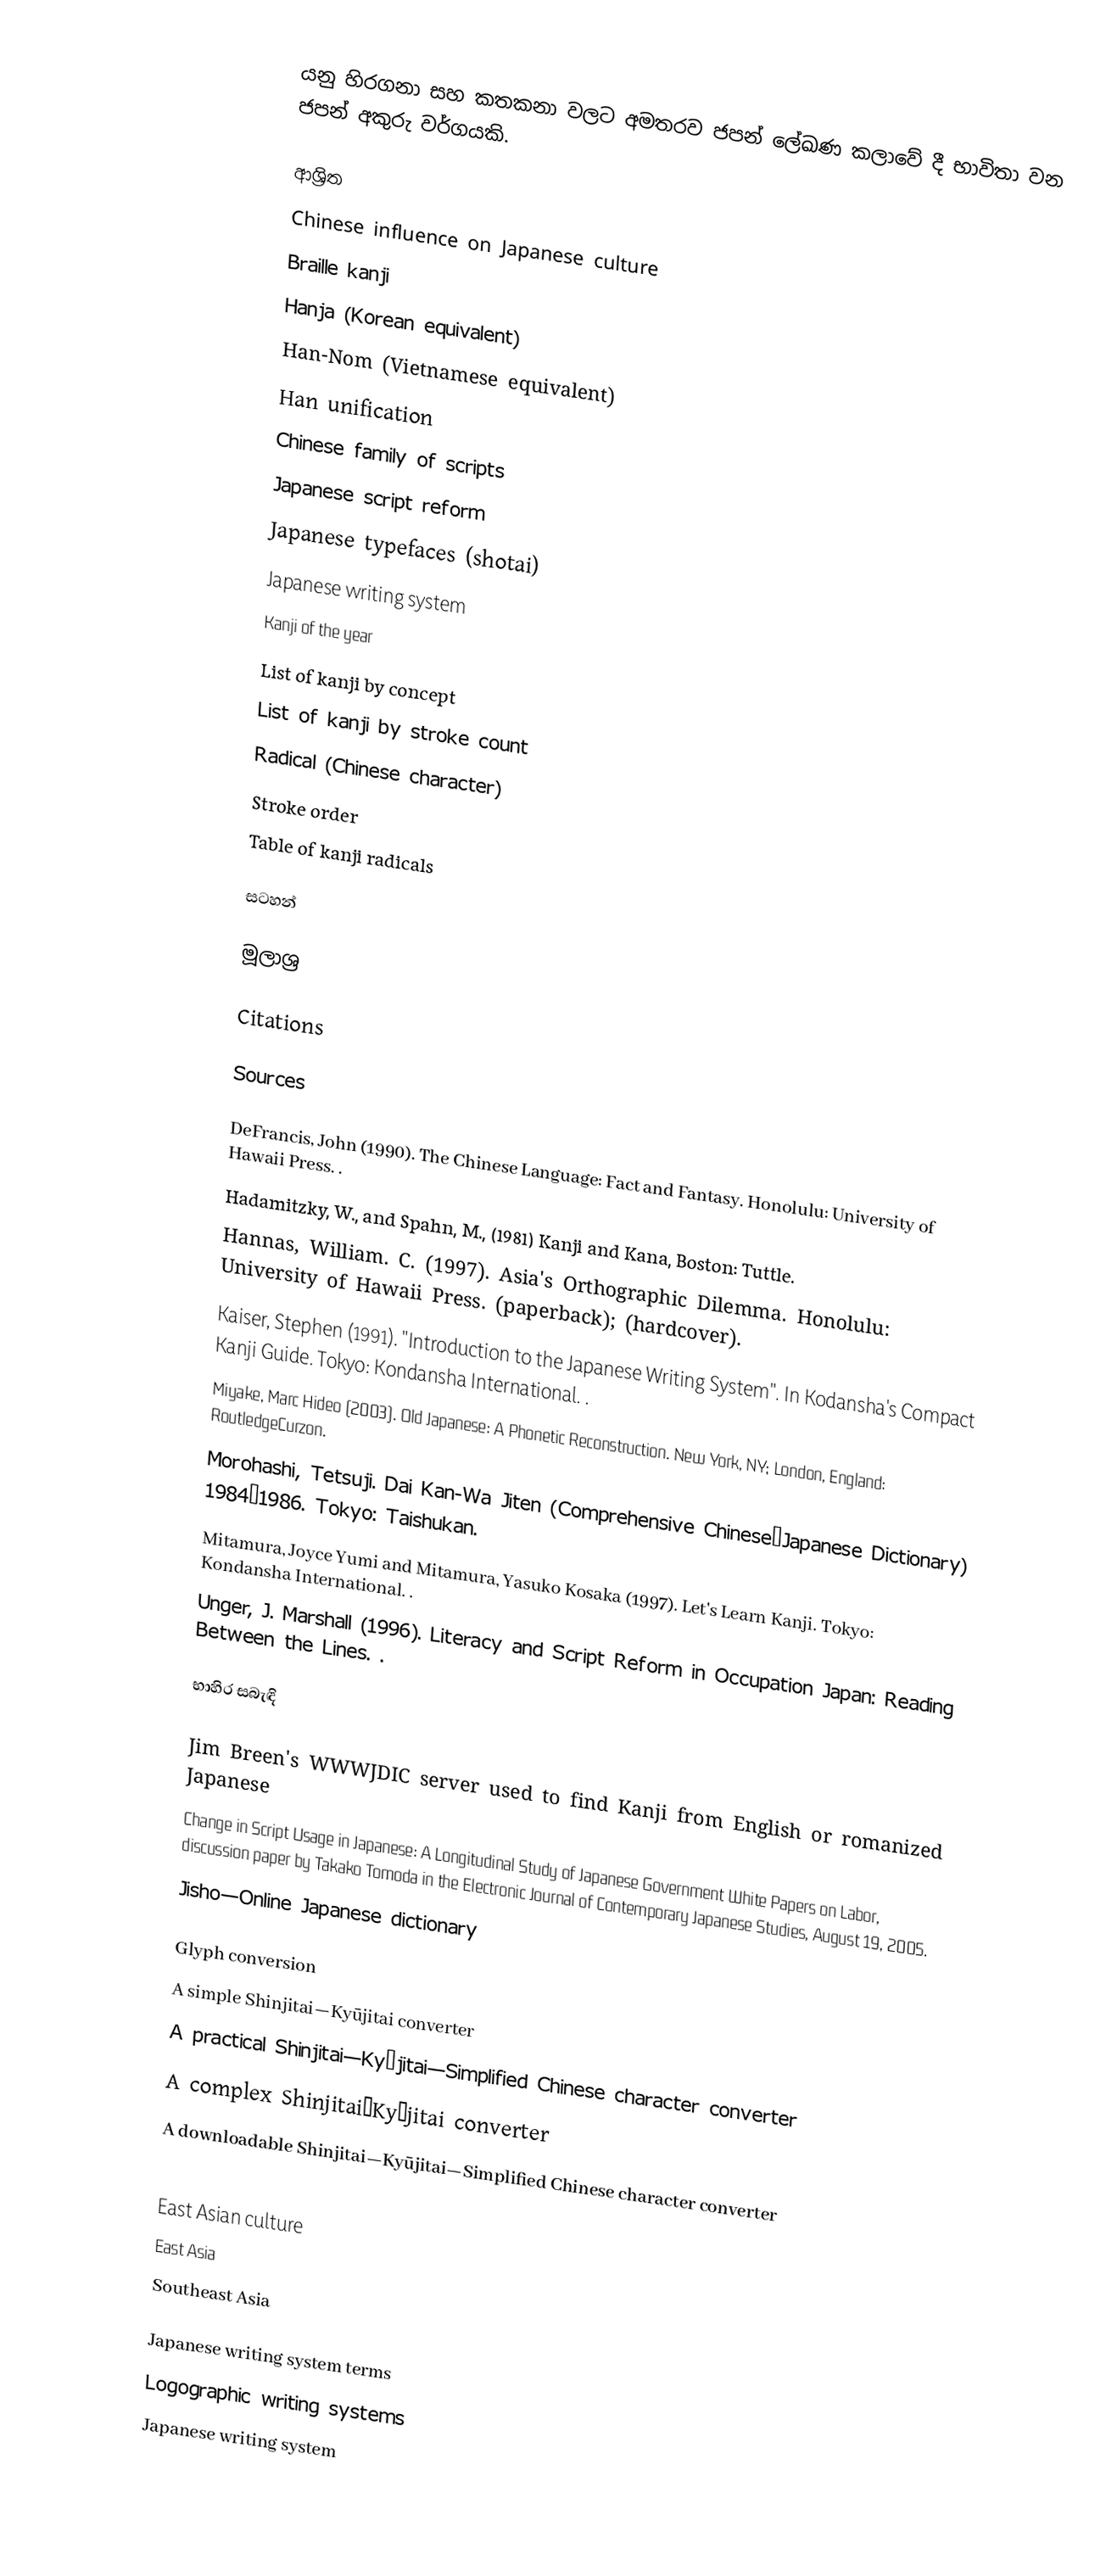
යනු හිරගනා සහ කතකනා වලට අමතරව ජපන් ලේඛණ කලාවේ දී භාවිතා වන ජපන් අකුරු වර්ගයකි.

ආශ්‍රිත
 Chinese influence on Japanese culture
 Braille kanji
 Hanja (Korean equivalent)
 Han-Nom (Vietnamese equivalent)
 Han unification
 Chinese family of scripts
 Japanese script reform
 Japanese typefaces (shotai)
 Japanese writing system
 Kanji of the year
 List of kanji by concept
 List of kanji by stroke count
 Radical (Chinese character)
 Stroke order
 Table of kanji radicals

සටහන්

මූලාශ්‍ර

Citations

Sources

 DeFrancis, John (1990). The Chinese Language: Fact and Fantasy. Honolulu: University of Hawaii Press. .
 Hadamitzky, W., and Spahn, M., (1981) Kanji and Kana, Boston: Tuttle.
 Hannas, William. C. (1997). Asia's Orthographic Dilemma. Honolulu: University of Hawaii Press.  (paperback);  (hardcover).
 Kaiser, Stephen (1991). "Introduction to the Japanese Writing System". In Kodansha's Compact Kanji Guide. Tokyo: Kondansha International. .
 Miyake, Marc Hideo (2003). Old Japanese: A Phonetic Reconstruction. New York, NY; London, England: RoutledgeCurzon.
 Morohashi, Tetsuji.  Dai Kan-Wa Jiten (Comprehensive Chinese–Japanese Dictionary) 1984–1986. Tokyo: Taishukan.
 Mitamura, Joyce Yumi and Mitamura, Yasuko Kosaka (1997). Let's Learn Kanji. Tokyo: Kondansha International. .
 Unger, J. Marshall (1996). Literacy and Script Reform in Occupation Japan: Reading Between the Lines. .

භාහිර සබැඳි

 Jim Breen's WWWJDIC server used to find Kanji from English or romanized Japanese
 Change in Script Usage in Japanese: A Longitudinal Study of Japanese Government White Papers on Labor, discussion paper by Takako Tomoda in the Electronic Journal of Contemporary Japanese Studies, August 19, 2005.
 Jisho—Online Japanese dictionary

Glyph conversion
 A simple Shinjitai—Kyūjitai converter
 A practical Shinjitai—Kyūjitai—Simplified Chinese character converter
 A complex Shinjitai—Kyūjitai converter
 A downloadable Shinjitai—Kyūjitai—Simplified Chinese character converter

East Asian culture
East Asia
Southeast Asia

Japanese writing system terms
Logographic writing systems
Japanese writing system